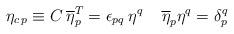
LaTeX: \begin{align*}\eta _{c\, p}\equiv C\: \overline{\eta }_{p}^{T}=\epsilon _{pq}\: \eta ^{q}\; \; \; \; \overline{\eta }_{p}\eta ^{q}=\delta ^{q}_{p}\end{align*}